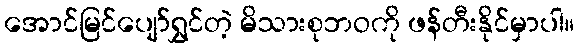
အောင်မြင်ပျော်ရွှင်တဲ့ မိသားစုဘဝကို ဖန်တီးနိုင်မှာပါ။